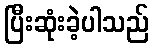
ပြီးဆုံးခဲ့ပါသည်